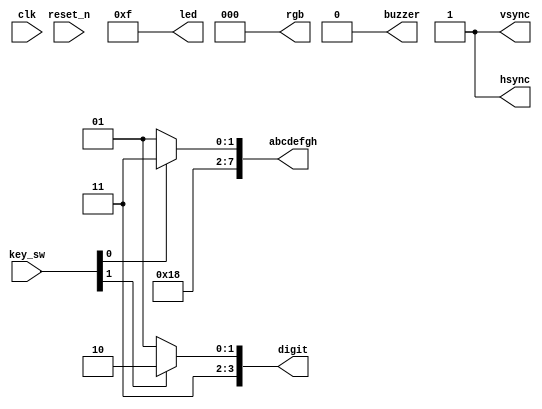
module top
(
    input        clk,
    input        reset_n,
    
    input  [3:0] key_sw,
    output [3:0] led,

    output [7:0] abcdefgh,
    output [3:0] digit,

    output       buzzer,

    output       hsync,
    output       vsync,
    output [2:0] rgb
);

    assign led    = 4'hf;
    assign buzzer = 1'b0;
    assign hsync  = 1'b1;
    assign vsync  = 1'b1;
    assign rgb    = 3'b0;

    //   --a--
    //  |     |
    //  f     b
    //  |     |
    //   --g--
    //  |     |
    //  e     c
    //  |     |
    //   --d--  h
    //
    //  0 means light

    parameter [7:0] C = 8'b01100011,
                    E = 8'b01100001,
                    h = 8'b11010001,
                    I = 8'b11110011,
                    P = 8'b00110001;

    assign abcdefgh = key_sw [0] ? C : E;
    assign digit    = key_sw [1] ? 4'b1110 : 4'b1101;

    // Exercise 1: Display the first letters
    // of your first name and last name instead.

    // assign abcdefgh = ...
    // assign digit    = ...

    // Exercise 2: Display letters of a 4-character word
    // using this code to display letter of ChIP as an example

    /*

    reg [7:0] letter;
    
    always @*
      case (key_sw)
      4'b0111: letter = C;
      4'b1011: letter = h;
      4'b1101: letter = I;
      4'b1110: letter = P;
      default: letter = E;
      endcase
      
    assign abcdefgh = letter;
    assign digit    = key_sw == 4'b1111 ? 4'b0000 : key_sw;
    */

endmodule